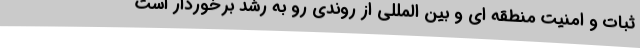
ثبات و امنیت منطقه ای و بین المللی از روندی رو به رشد برخوردار است